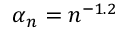
\alpha _ { n } = n ^ { - 1 . 2 }